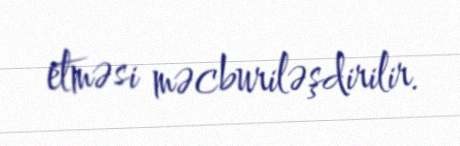
etməsi məcburiləşdirilir.